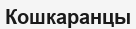
Кошкаранцы